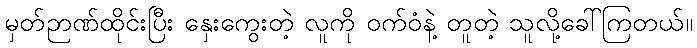
မှတ်ဉာဏ်ထိုင်းပြီး နှေးကွေးတဲ့ လူကို ဝက်ဝံနဲ့ တူတဲ့ သူလို့ခေါ်ကြတယ်။